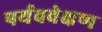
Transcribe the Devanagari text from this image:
पर्यववेक्षण